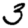
Digit: 3